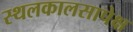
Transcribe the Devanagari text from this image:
स्थलकालसापेक्ष